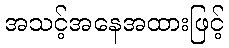
အသင့်အနေအထားဖြင့်